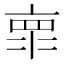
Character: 𰁞